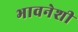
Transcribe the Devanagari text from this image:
भावनेशी